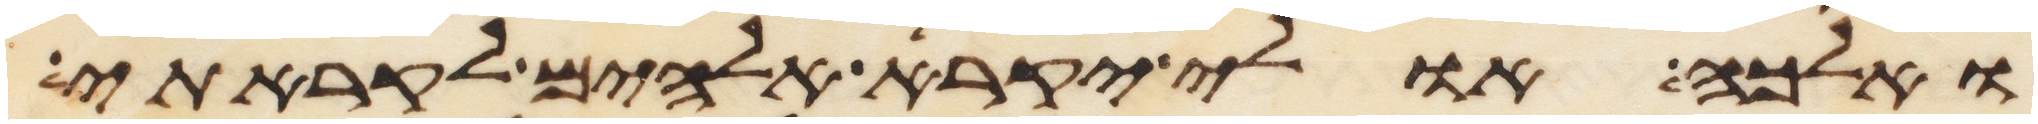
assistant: ואלכה אולי יקרא אלהים לקראתי